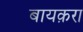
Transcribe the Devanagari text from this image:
बायक़रा